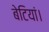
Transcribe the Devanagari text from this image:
बेटियां।